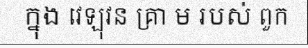
ក្នុង វេឡុវន គ្រា ម របស់ ពួក